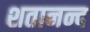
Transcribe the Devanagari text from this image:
शतानन्द